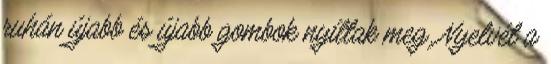
ruhán újabb és újabb gombok nyíltak meg. Nyelvét a